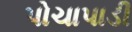
પોચાપાડી